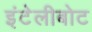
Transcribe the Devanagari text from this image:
इंटेलीबोट